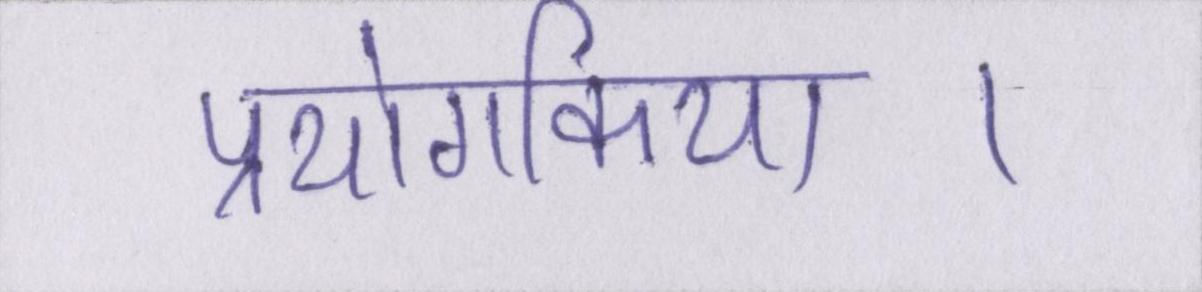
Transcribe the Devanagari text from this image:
प्रयोगकिया।